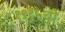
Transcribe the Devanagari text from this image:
१९१५ची